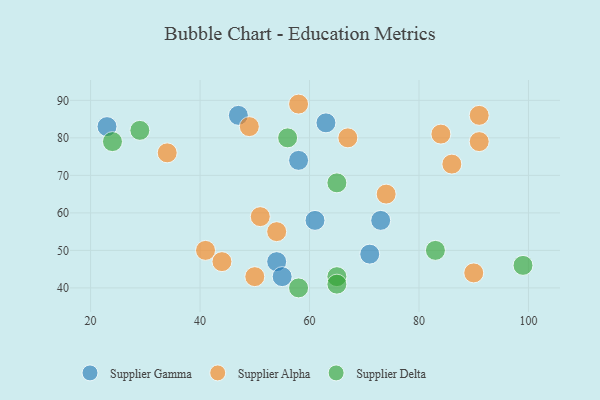
{"axis": {"x": "GDP", "y": "Life Expectancy"}, "legend": ["Supplier Alpha", "Supplier Delta", "Supplier Gamma"], "data": [{"x": "54", "y": 47, "type": "Supplier Gamma"}, {"x": "63", "y": 84, "type": "Supplier Gamma"}, {"x": "47", "y": 86, "type": "Supplier Gamma"}, {"x": "71", "y": 49, "type": "Supplier Gamma"}, {"x": "23", "y": 83, "type": "Supplier Gamma"}, {"x": "61", "y": 58, "type": "Supplier Gamma"}, {"x": "73", "y": 58, "type": "Supplier Gamma"}, {"x": "55", "y": 43, "type": "Supplier Gamma"}, {"x": "58", "y": 74, "type": "Supplier Gamma"}, {"x": "49", "y": 83, "type": "Supplier Alpha"}, {"x": "84", "y": 81, "type": "Supplier Alpha"}, {"x": "91", "y": 79, "type": "Supplier Alpha"}, {"x": "74", "y": 65, "type": "Supplier Alpha"}, {"x": "51", "y": 59, "type": "Supplier Alpha"}, {"x": "41", "y": 50, "type": "Supplier Alpha"}, {"x": "58", "y": 89, "type": "Supplier Alpha"}, {"x": "54", "y": 55, "type": "Supplier Alpha"}, {"x": "67", "y": 80, "type": "Supplier Alpha"}, {"x": "86", "y": 73, "type": "Supplier Alpha"}, {"x": "34", "y": 76, "type": "Supplier Alpha"}, {"x": "44", "y": 47, "type": "Supplier Alpha"}, {"x": "90", "y": 44, "type": "Supplier Alpha"}, {"x": "91", "y": 86, "type": "Supplier Alpha"}, {"x": "50", "y": 43, "type": "Supplier Alpha"}, {"x": "65", "y": 43, "type": "Supplier Delta"}, {"x": "58", "y": 40, "type": "Supplier Delta"}, {"x": "65", "y": 68, "type": "Supplier Delta"}, {"x": "29", "y": 82, "type": "Supplier Delta"}, {"x": "56", "y": 80, "type": "Supplier Delta"}, {"x": "99", "y": 46, "type": "Supplier Delta"}, {"x": "83", "y": 50, "type": "Supplier Delta"}, {"x": "24", "y": 79, "type": "Supplier Delta"}, {"x": "65", "y": 41, "type": "Supplier Delta"}]}